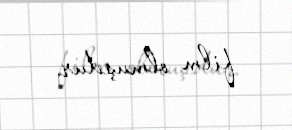
film olmuşdur.